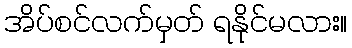
အိပ်စင်လက်မှတ် ရနိုင်မလား။